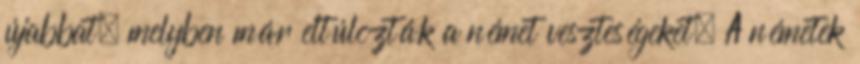
újabbat, melyben már eltúlozták a német veszteségeket. A németek